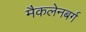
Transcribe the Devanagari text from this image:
मैकलेनबर्ग